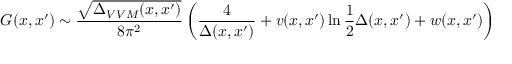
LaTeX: G ( x , x ^ { \prime } ) \sim \frac { \sqrt { \Delta _ { V V M } ( x , x ^ { \prime } ) } } { 8 \pi ^ { 2 } } \left( \frac { 4 } { \Delta ( x , x ^ { \prime } ) } + v ( x , x ^ { \prime } ) \ln \frac { 1 } { 2 } \Delta ( x , x ^ { \prime } ) + w ( x , x ^ { \prime } ) \right)